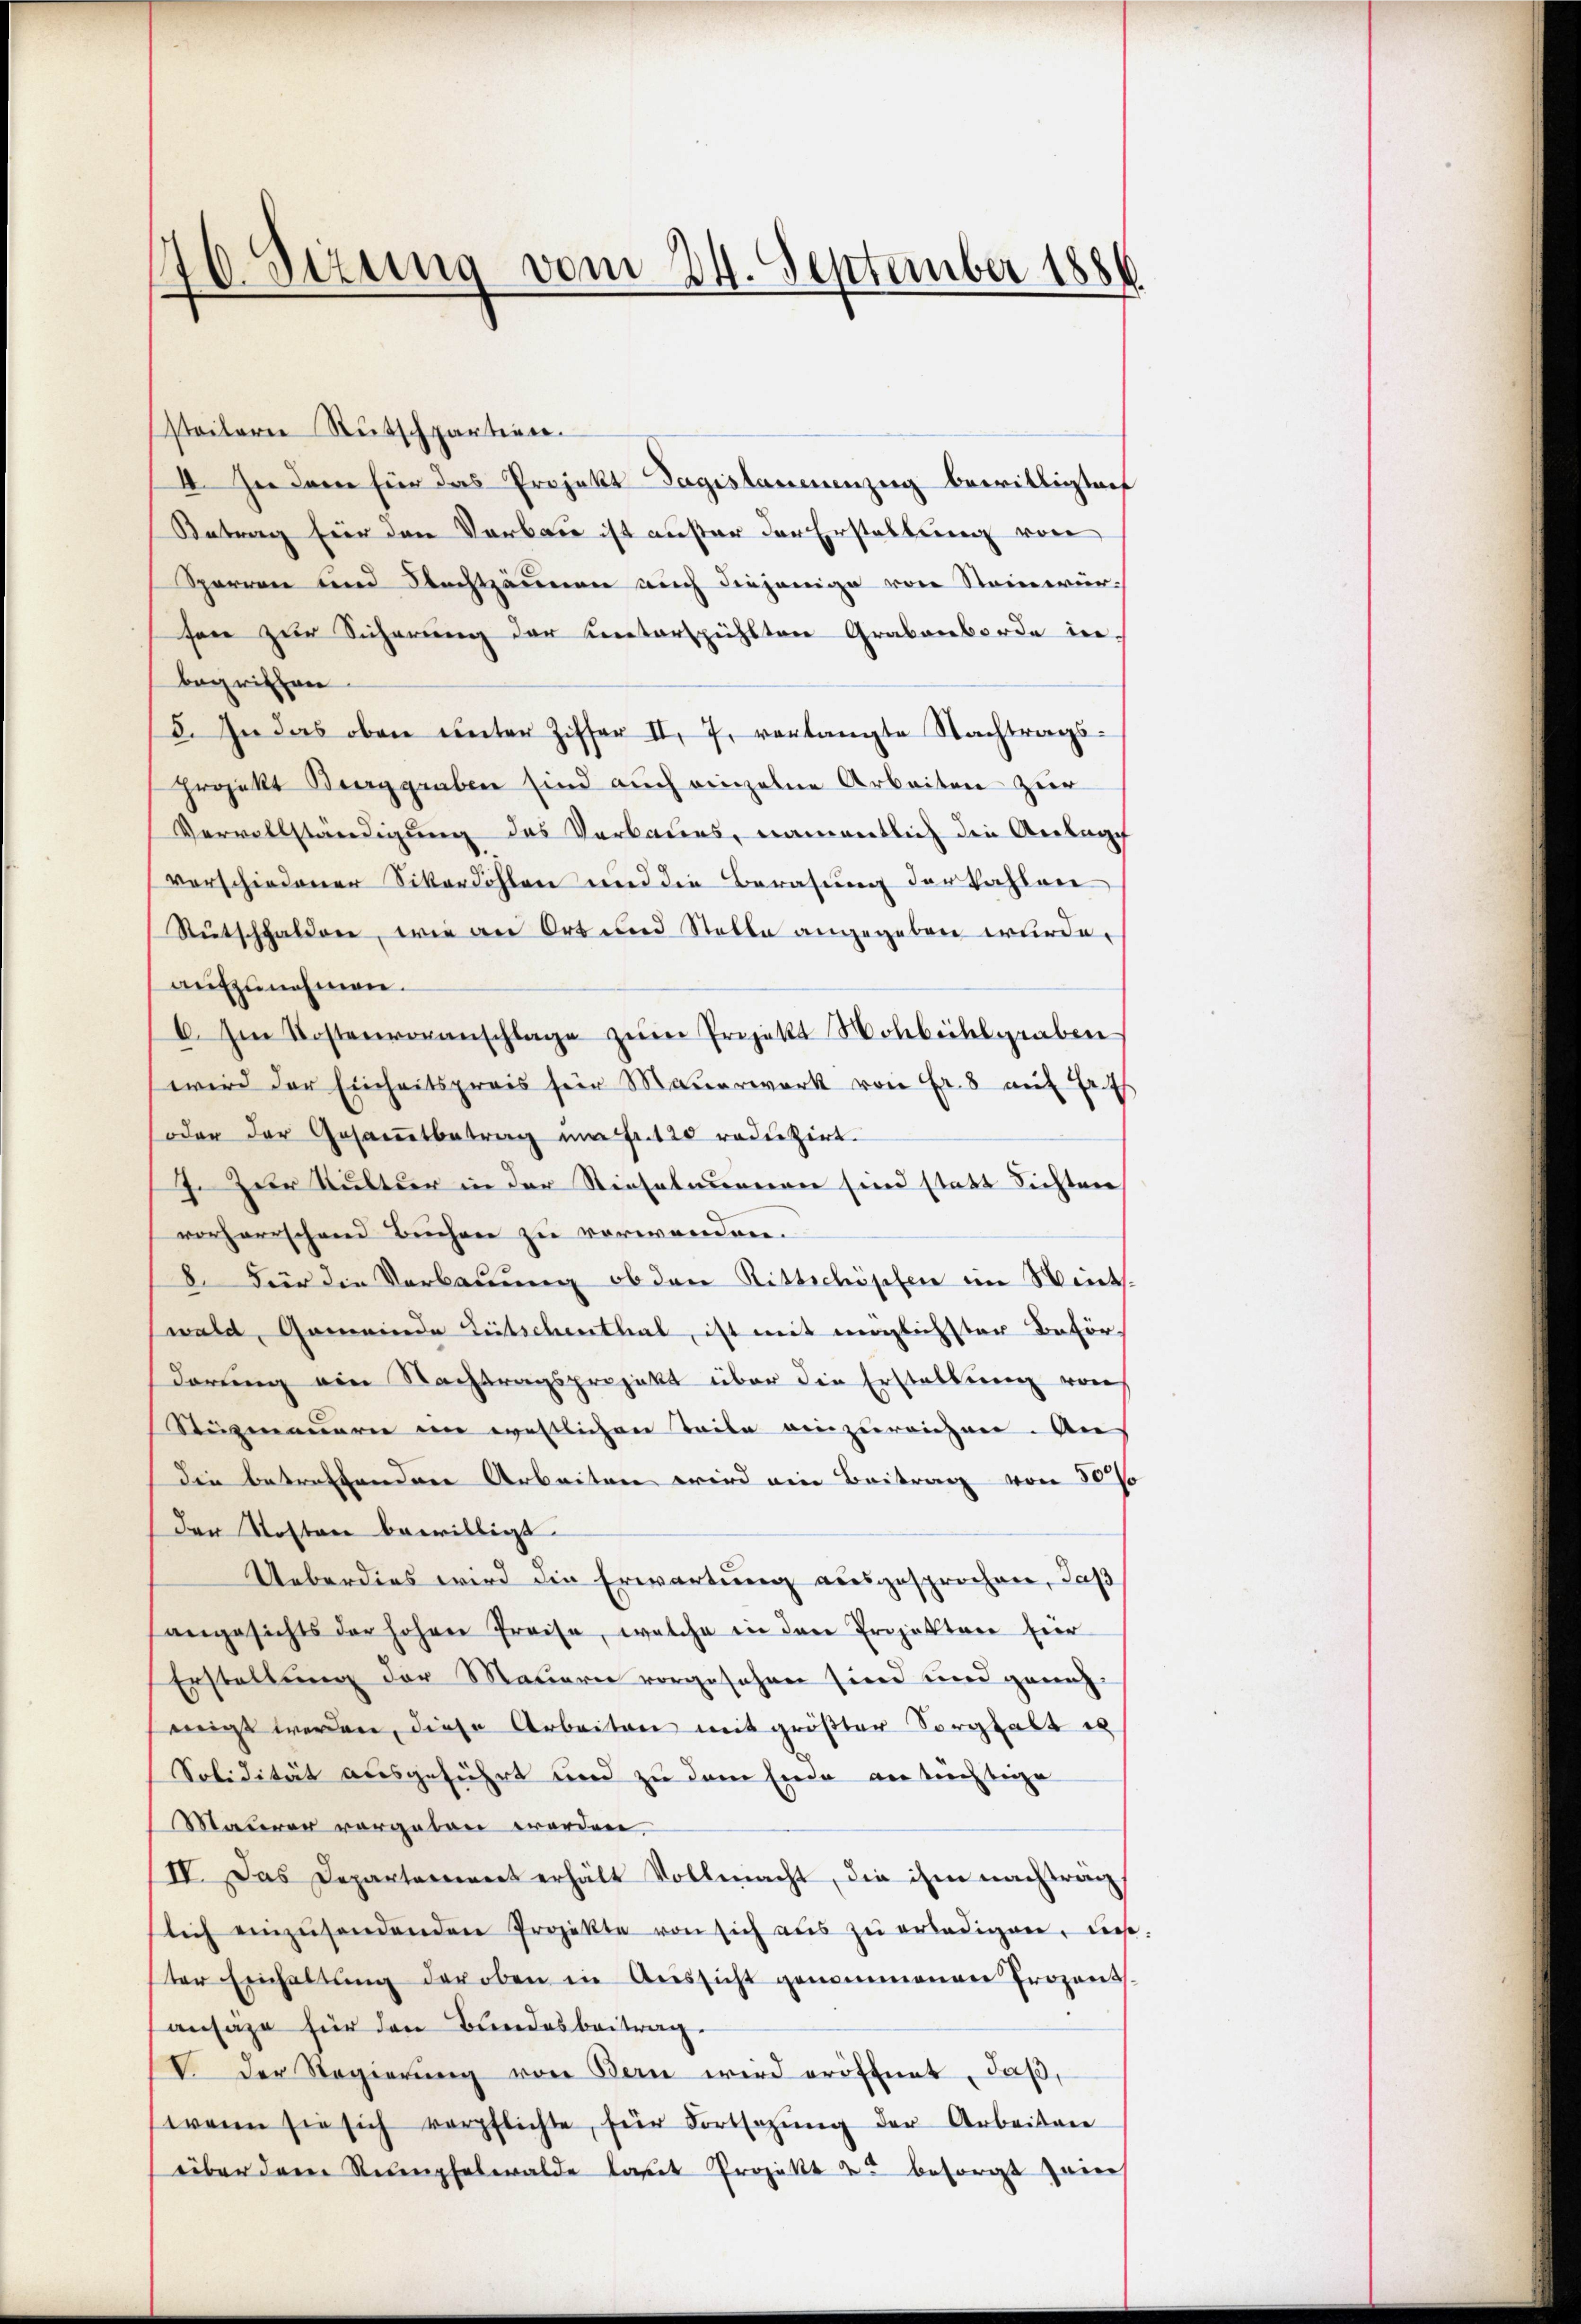
20. Sizung vom 24. September 1886.

steilere Rutschpartien.
4. In dem für das Projekt agistamenzug bewilligteif
Antrag für den Verbare ist außer der Erstellung von
Sperren und Nachtzäunen auch diejenige von Steinwürsen zur Sicherung der unterspühlten Grabenborde in
begriffen.
5. In das oben unter Ziffer II. 7. vorlangte Nachtrags-
projekt Berggraben sind auch einzelne Arbeiten zur
Vervollständigung des Verbaues, namentlich die Anlage
verschiedener Sikordohlen und die Beratung der kahlen
Rutschhalden, wie an Ort und Stelle angegeben wurde,
aufzunehmen.
6. Im Kostenvoranschlage zŭm Projekt Nolbeibelgraben
wird der Einheitspreis für Maŭerwerk von Fr. 8 mit
.
oder der Gesamtbetrag im fr. 120 reduzirt.
7. Zur Kultur in der Rieselnunnen sind statt dichten
vorherrschrend Beichnen zu verworden.
8. Für die Verbauung ob den Rittschöpfen im Wints-
wald, Gemeinde Litschenthal, ist mit möglichster Beför-
derung am Nachtragsprojekt über die Erstellung von
Stüzmauern im westlichen Teile einzureichen. Au
die betreffenden Arbeiten wird ein Beitrag von 30%
den Kosten bewilligt.
Ueberdies wird die Erwartung ausgesprochen, daß
angesichts der hohen Preise, welche in den Projektere Eier
Erstellung der Mauern vorgesehen sind und geneh-
eigt werden, diese Arbeiten mit größter Sorghalt es
Solidität ausgeführt und zu dem Ende an tüchtige
Maurer vorgeben worden.
IV. Das Departement erhält Vollmacht, die ihm nachträg
lich einzŭsendenden Projekte von sich aŭs zŭ erledigen, dies
ter Einhaltŭng der oben in Aussicht genommenen Prozents.
ansage für den Bundesbeitrag.
V. Der Regierŭng von Bern wird eröffnet, daß,
wann sie sich verpflichte, für Fortsetzŭng der Arbeiten
über dem Recepfelwalde laßet Projekt zu besorgt sein